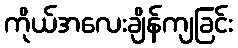
ကိုယ်အလေးချိန်ကျခြင်း